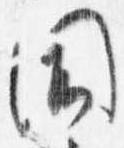
聞